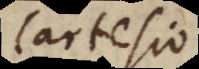
Cartesio